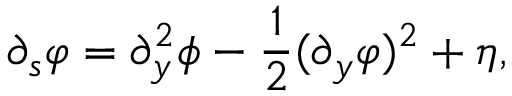
\partial _ { s } \varphi = \partial _ { y } ^ { 2 } \phi - \frac { 1 } { 2 } ( \partial _ { y } \varphi ) ^ { 2 } + \eta ,